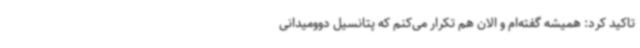
تاکید کرد: همیشه گفته‌ام و الان هم تکرار می‌کنم که پتانسیل دوومیدانی